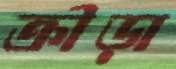
ক্রীড়া